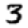
Digit: 3